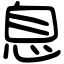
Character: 息